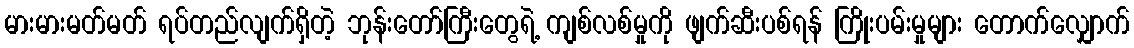
မားမားမတ်မတ် ရပ်တည်လျက်ရှိတဲ့ ဘုန်းတော်ကြီးတွေရဲ့ ကျစ်လစ်မှုကို ဖျက်ဆီးပစ်ရန် ကြိုးပမ်းမှုများ တောက်လျှောက်